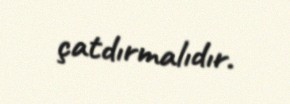
çatdırmalıdır.